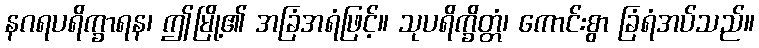
နဂရပရိက္ခာရန၊ ဤမြို့၏ အခြံအရံဖြင့်။ သုပရိက္ခိတ္တံ၊ ကောင်းစွာ ခြံရံအပ်သည်။